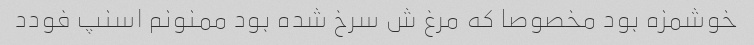
خوشمزه بود مخصوصا که مرغ ش سرخ شده بود ممنونم اسنپ فودد